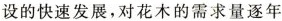
设的快速发展，对花木的需求量逐年